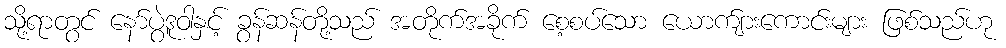
သို့ရာတွင် နော်ပွဲဒူဝါနှင့် ခွန်ဆန်တို့သည် အတိုက်အခိုက် စေ့စပ်သော ယောက်ျားကောင်းများ ဖြစ်သည်ဟု